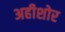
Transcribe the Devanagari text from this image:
अहीशोर